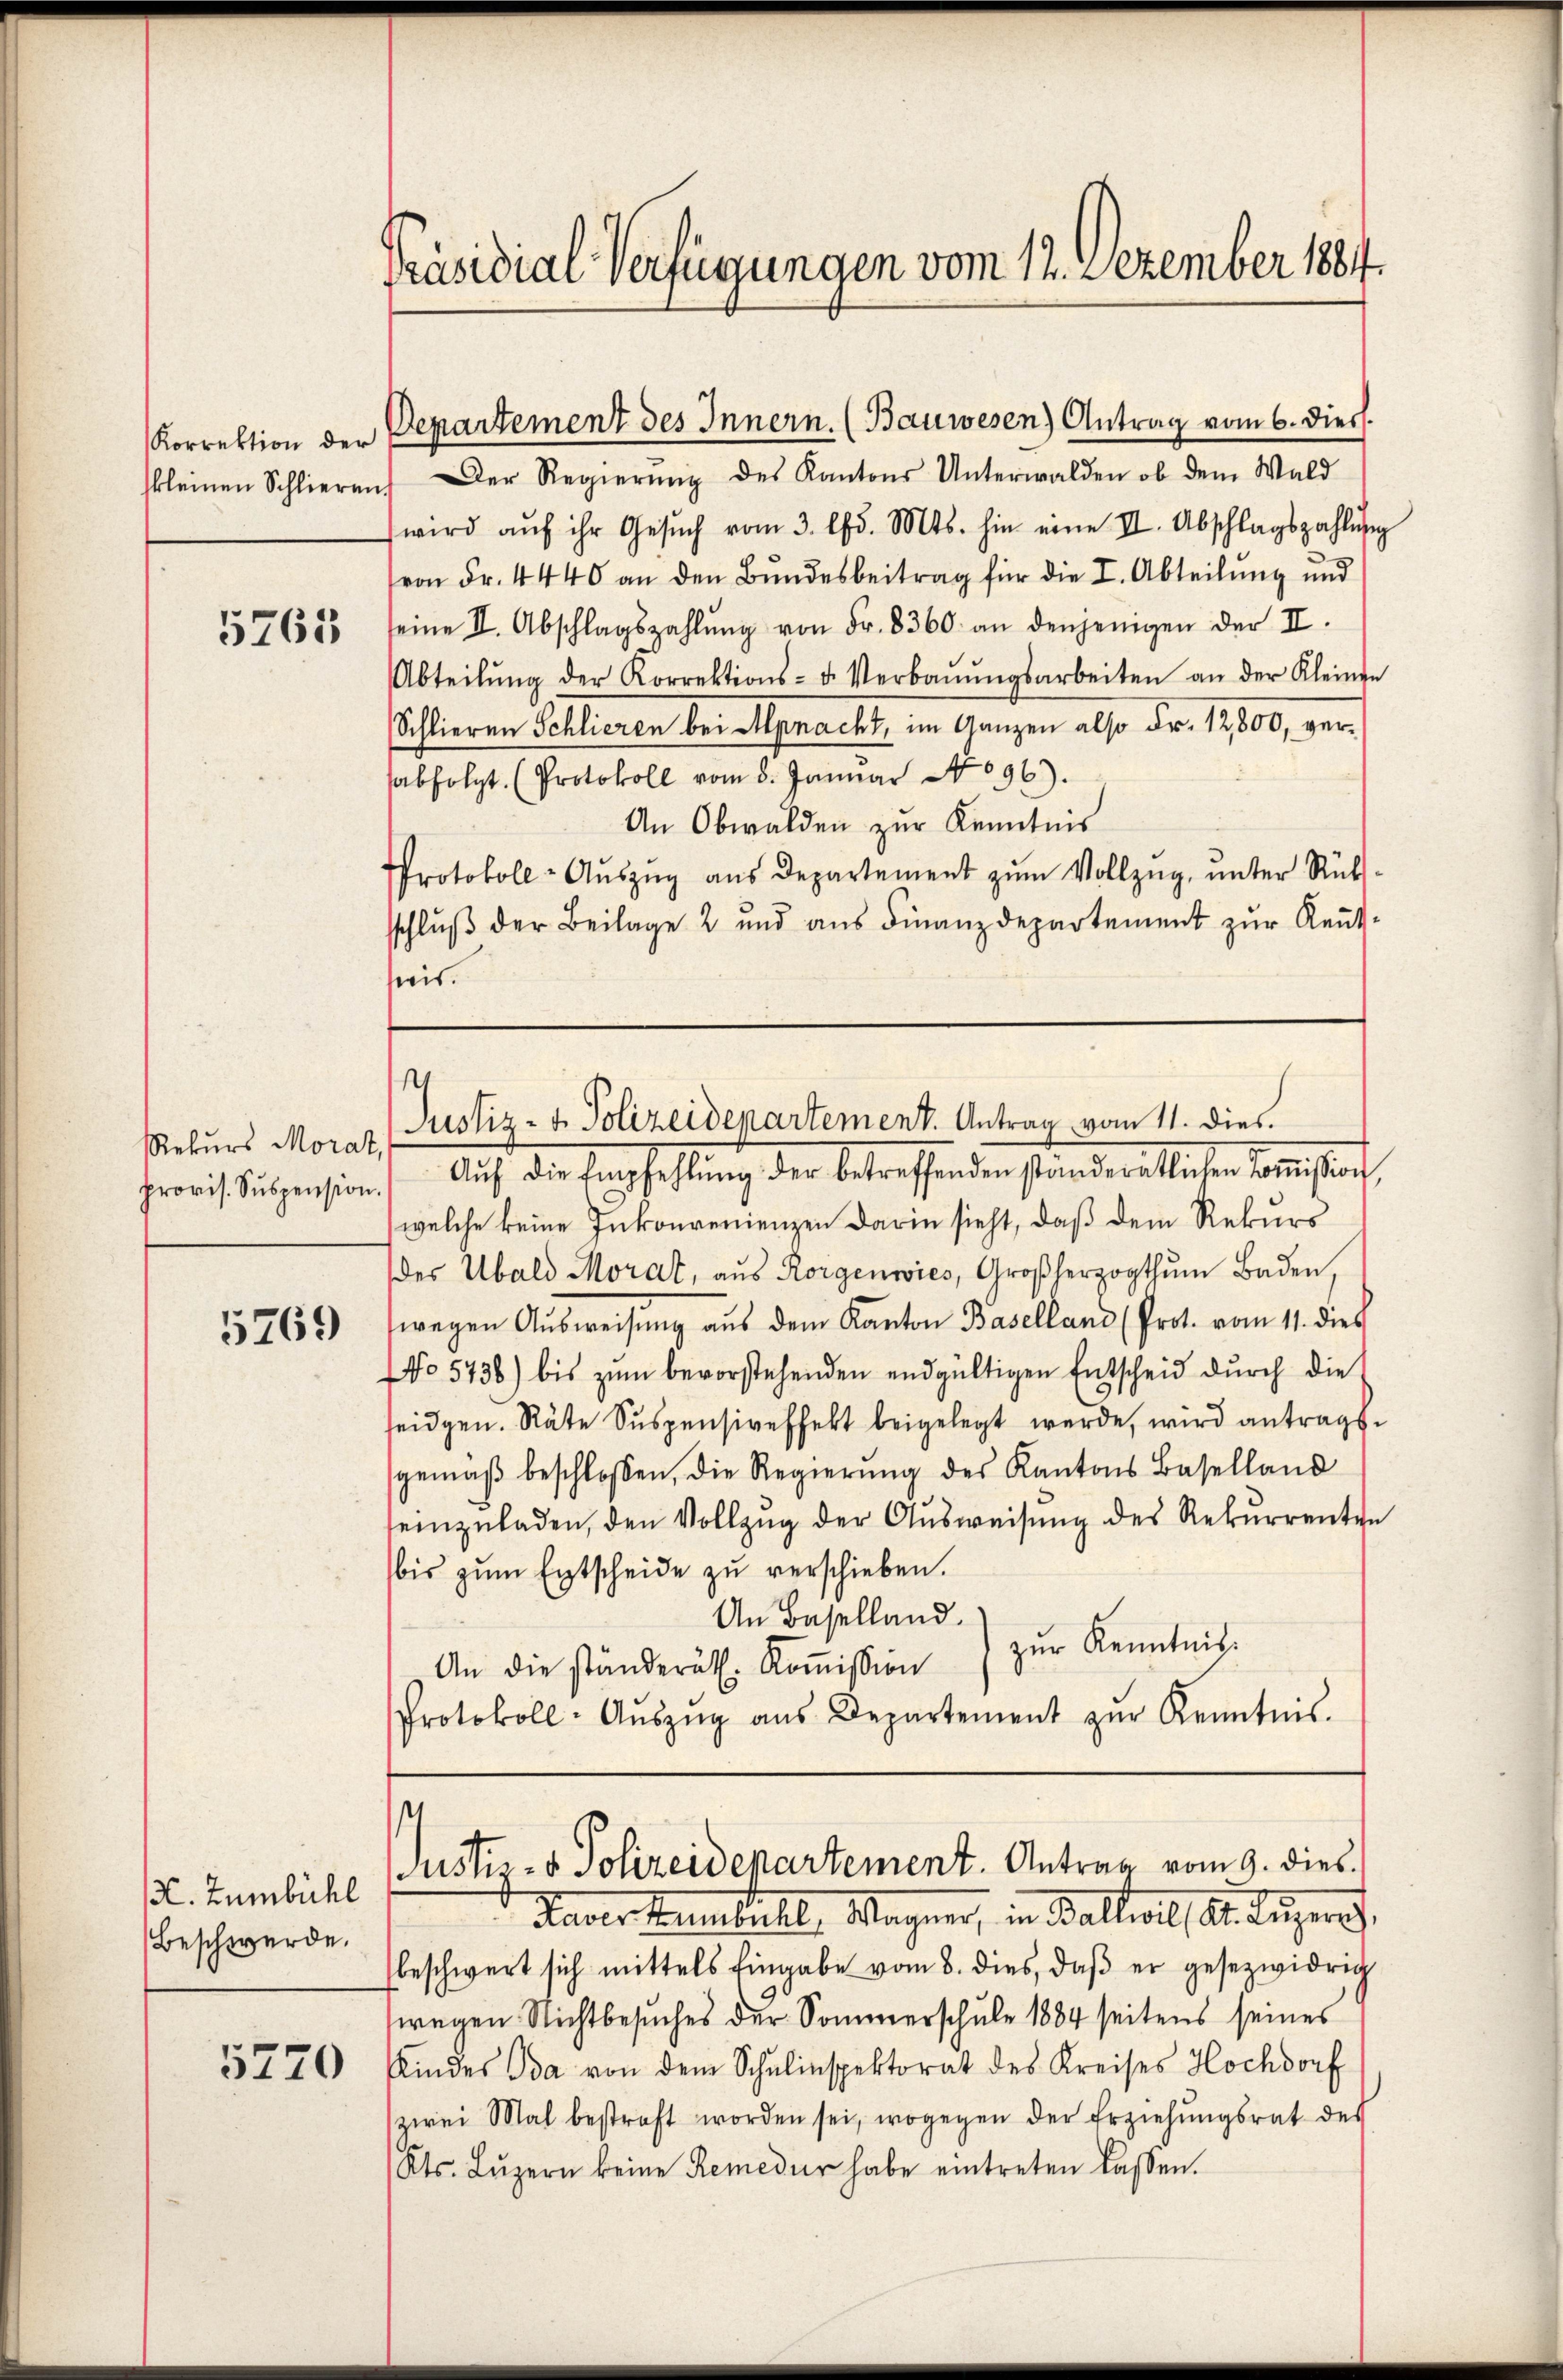
Korrektion der
kleinen Schlieren

5763

Rekurs Morat,
provis. Suspension.

5769

. Zumbühl
Beschwerde.

5270

Präsidial-Verfügungen vom 12. Dezember 1884.

) Der Regierŭng des Kantons Unterwalden ob dem Wald
wird aŭf ihr Gesŭch vom 3. d. Mts. hin eine II. Abschlagszahlŭng
von Fr. 4440 an den Bundesbeitrag für die I. Abteilung und
seine II. Abschlagszahlŭng von Fr. 8360. an denjenigen der II.
Abteilŭng der Korrektions- u. Verbaŭŭngsarbeiten an der Kleinen
Schlieren Schlieren bei Mpnacht, im Ganzen also Fr. 12,800, verabfolgt. (Protokoll vom 8. Januar No 96).
An Obwalden zur Kenntnis
Protokoll-Aŭszŭg aŭs Departement zŭm Vollzŭg, ŭnter Rüks-
sschlŭβ der Beilage 2 und aŭs Finanzdepartement zŭr Keṅt-
sweis.
Auf die Empfehlung der betreffenden standerartieser Commißion,
welche keine Jukonvenienzen darin sieht, daß dem Rekurs
des Ubald Morat, aŭs Korgenwies, Großherzogthum Baden,
wegen Ausweisung aus dem Kanton Baselland (Prot. vom 11. dies
NNo 5738) bis zŭm bevorstehenden endgültigen Entscheid dŭrch die
seidgen. Räte Suspensiveffekt beigelegt werde, wird antragsgemäβ beschlossen, die Regierŭng des Kantons Baselland
seinzuladen, den Vollzug der Ausweisung des Rekurrenten
bis zŭm Entscheide zŭ verschieben.
An Baselland.
zur Kenntnis.
An die ständerätl. Koṁission
Protokoll- Aŭszŭg aŭs Departement zŭr Kenntnis.
Justiz- & Polizeidepartement. Antrag vom 9. dies
Haver Heimfühl, Wagner, in Ballisel, St. Luzern,
beschwert sich mittels Eingabe vom 8. dies, daβ er gesezwidrig
wegen Nichtbesuches der Sommerschule 1884 seitens seines
Kindes Ida von dem Schulinspektorat des Kreises Hochdorf
zwei Mal bestraft worden sei, wogegen der Erziehŭngsrat des
Kts. Lŭzern keine Remedur habe eintreten lassen.

Departement des Innern. (Bauwesen) Antrag vom 6. Diess.

Justiz- & Polizeidenartement. Antrag vom 11. dies.